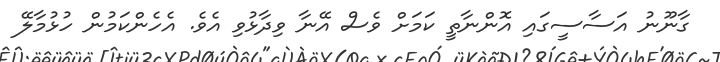
ގާނޫނު އަސާސީގައި އޮންނާތީ ކަމަށް ވެސް އޭނާ ވިދާޅުވި އެވެ. އެހެންކަމުން ހުޅުމާލޭ